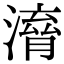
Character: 𣽱